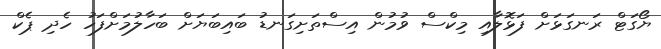
ޔޯގަޓް ރަނގަޅަށް ފަޅޮލާއި މިކްސް ވުމުން އިސްތަށިގަނޑު ބައިބަޔަށް ބަހާލުމަށްފަހު ހެދި ޕެކް